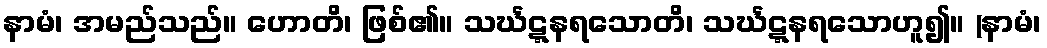
နာမံ၊ အမည်သည်။ ဟောတိ၊ ဖြစ်၏။ သင်္ဃဋ္ဋနရသောတိ၊ သင်္ဃဋ္ဋနရသောဟူ၍။ (နာမံ၊